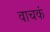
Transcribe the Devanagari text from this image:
वाचकं